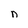
Character: n